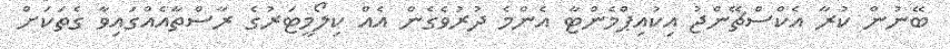
ބޭނުން ކުރާ އެކްސްޗޭންޖު އިކުއިޕްމެންޓާ އެންމެ ދުރުވެގެން އެއް ކިލޯމީޓަރުގެ ރާސްތާއެއްގައިވާ ގެތަކަށް